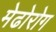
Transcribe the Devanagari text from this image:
मेढोरोग